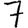
Digit: 7